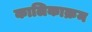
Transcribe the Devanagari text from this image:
कालिकाक्रम